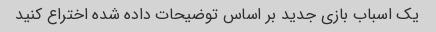
یک اسباب بازی جدید بر اساس توضیحات داده شده اختراع کنید